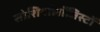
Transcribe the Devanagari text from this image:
सोशियॉलॉजिस्टों